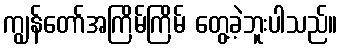
ကျွန်တော်အကြိမ်ကြိမ် တွေ့ခဲ့ဘူးပါသည်။